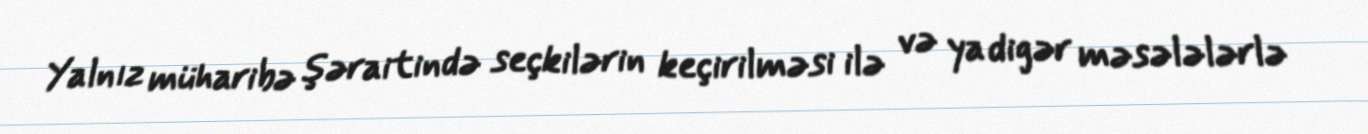
Yalnız müharibə şəraitində seçkilərin keçirilməsi ilə və ya digər məsələlərlə